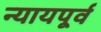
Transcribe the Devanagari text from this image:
न्यायपूर्व